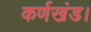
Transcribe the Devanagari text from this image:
कर्णखंड।